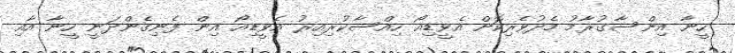
ހީނާ އިންސާގުރާމު މެދުވެރިކޮށް އެވީޑިއޯ ހިއްސާކުރިއިރު އެވީޑިއޯ އިން ފެނިގެންދަނީ ހީނާ އާއި